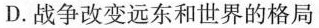
D.战争改变远东和世界的格局